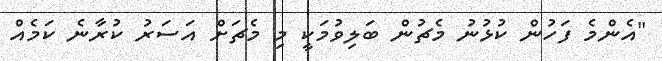
"އެންމެ ފަހުން ކުޅުނު މެޗުން ބަލިވުމަކީ މި މެޗަށް އަސަރު ކުރާނެ ކަމެއް